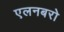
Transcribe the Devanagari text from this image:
एलनबरो